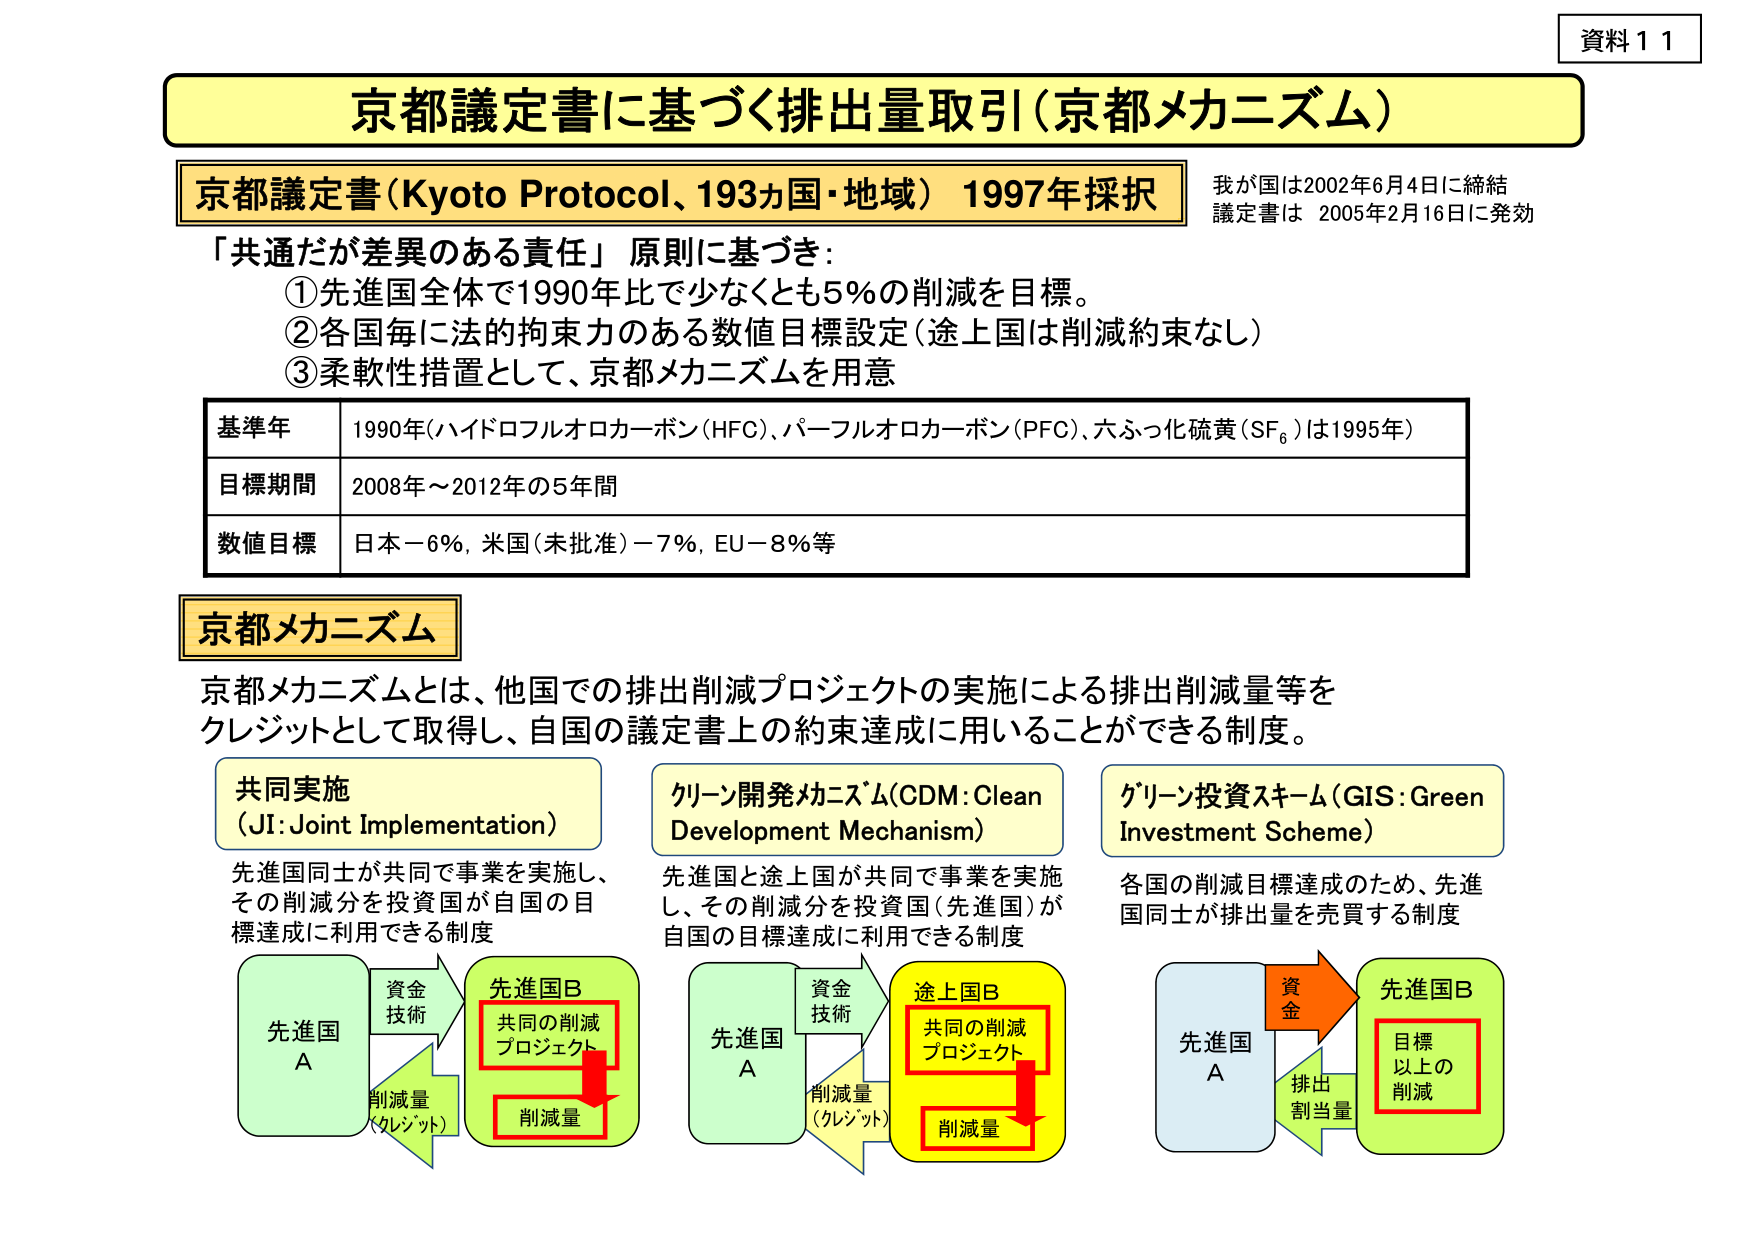
資料１１

京都議定書に基づく排出量取引（京都メカニズム）

京都議定書（Kyoto Protocol、193ヵ国・地域）1997年採択
我が国は2002年6月4日に締結
議定書は 2005年2月16日に発効

「共通だが差異のある責任」原則に基づき：
①先進国全体で1990年比で少なくとも5％の削減を目標。
②各国毎に法的拘束力のある数値目標設定（途上国は削減約束なし）
③柔軟性措置として、京都メカニズムを用意

基準年　1990年（ハイドロフルオロカーボン（HFC）、パーフルオロカーボン（PFC）、六ふっ化硫黄（SF₆）は1995年）
目標期間　2008年～2012年の5年間
数値目標　日本－6％、米国（未批准）－7％、EU－8％等

京都メカニズム

京都メカニズムとは、他国での排出削減プロジェクトの実施による排出削減量等を
クレジットとして取得し、自国の議定書上の約束達成に用いることができる制度。

共同実施
（JI：Joint Implementation）
先進国同士が共同で事業を実施し、
その削減分を投資国が自国の目標達成に利用できる制度

クリーン開発メカニズム（CDM：Clean Development Mechanism）
先進国と途上国が共同で事業を実施し、
その削減分を投資国（先進国）が
自国の目標達成に利用できる制度

グリーン投資スキーム（GIS：Green Investment Scheme）
各国の削減目標達成のため、先進国同士が排出量を売買する制度

先進国A　→　資金技術　→　先進国B
　　　　　　　　　　　　　　↓
　　　　　　　　　　　　共同の削減プロジェクト
　　　　　　　　　　　　　　↓
　　　　　　　　　　　　削減量（クレジット）

先進国A　→　資金技術　→　途上国B
　　　　　　　　　　　　　　↓
　　　　　　　　　　　　共同の削減プロジェクト
　　　　　　　　　　　　　　↓
　　　　　　　　　　　　削減量（クレジット）

先進国A　→　資金　→　先進国B
　　　　　　　　　　　　　　↓
　　　　　　　　　　　　目標以上の削減
　　　　　　　　　　　　　　↓
　　　　　　　　　　　　排出割当量